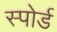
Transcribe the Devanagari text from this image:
स्पोर्ड